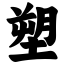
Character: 塑